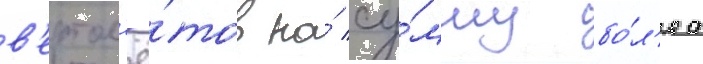
в'ертол'ё́тов на́ су́мму бо́л'ее